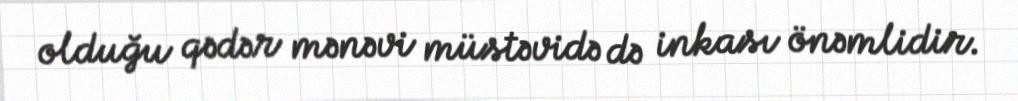
olduğu qədər mənəvi müstəvidə də inkası önəmlidir.